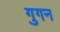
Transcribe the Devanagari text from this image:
गुगन